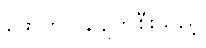
ဖောက်ပြန်ပျက်စီးသည့်